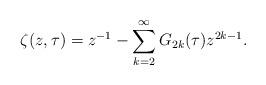
LaTeX: \begin{align*} \zeta(z,\tau) = z^{-1} - \sum_{k=2}^\infty G_{2k}(\tau) z^{2k-1}.\end{align*}